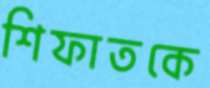
শিফাতকে